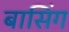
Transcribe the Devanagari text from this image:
बासिंग